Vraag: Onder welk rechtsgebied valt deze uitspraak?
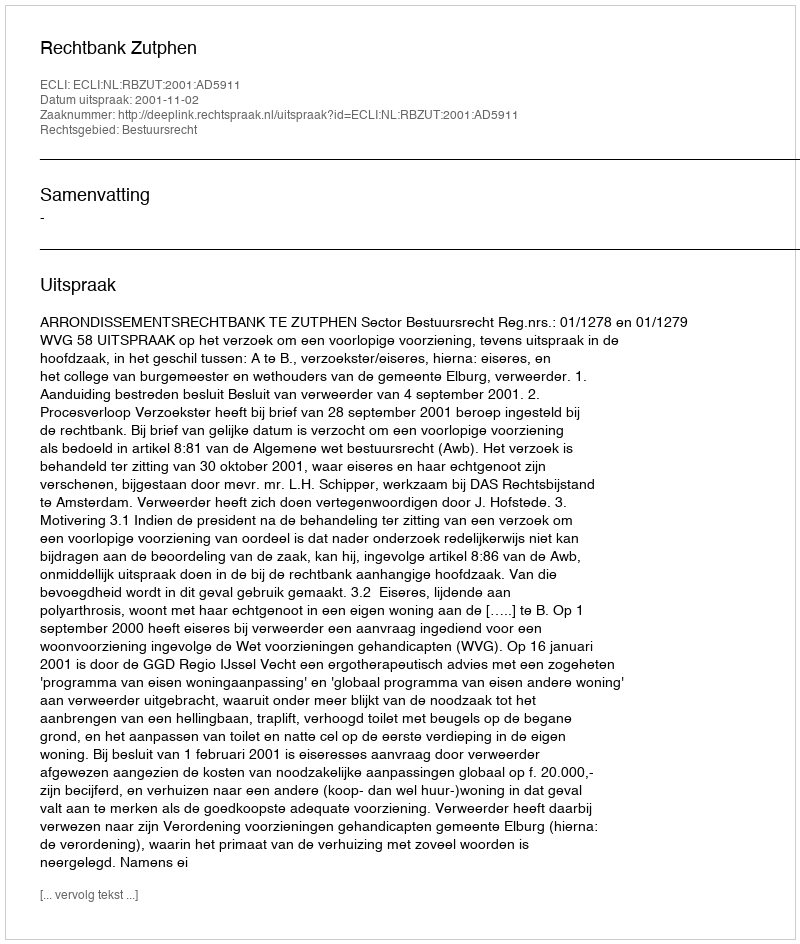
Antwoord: Bestuursrecht